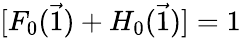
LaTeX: [F_{0}(\vec{1})+H_{0}(\vec{1})]=1